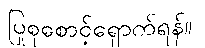
ပြုစုစောင့်ရှောက်ရန်။